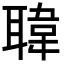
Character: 𦗇